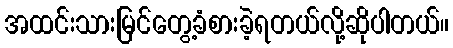
အထင်းသားမြင်တွေ့ခံစားခဲ့ရတယ်လို့ဆိုပါတယ်။